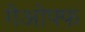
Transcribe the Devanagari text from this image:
गेओफ्फ